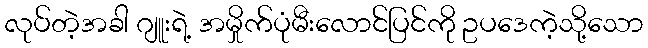
လုပ်တဲ့အခါ ဂျူးရဲ့ အမှိုက်ပုံမီးလောင်ပြင်ကို ဥပဒေကဲ့သို့သော